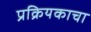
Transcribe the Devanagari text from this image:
प्रक्रियकाचा